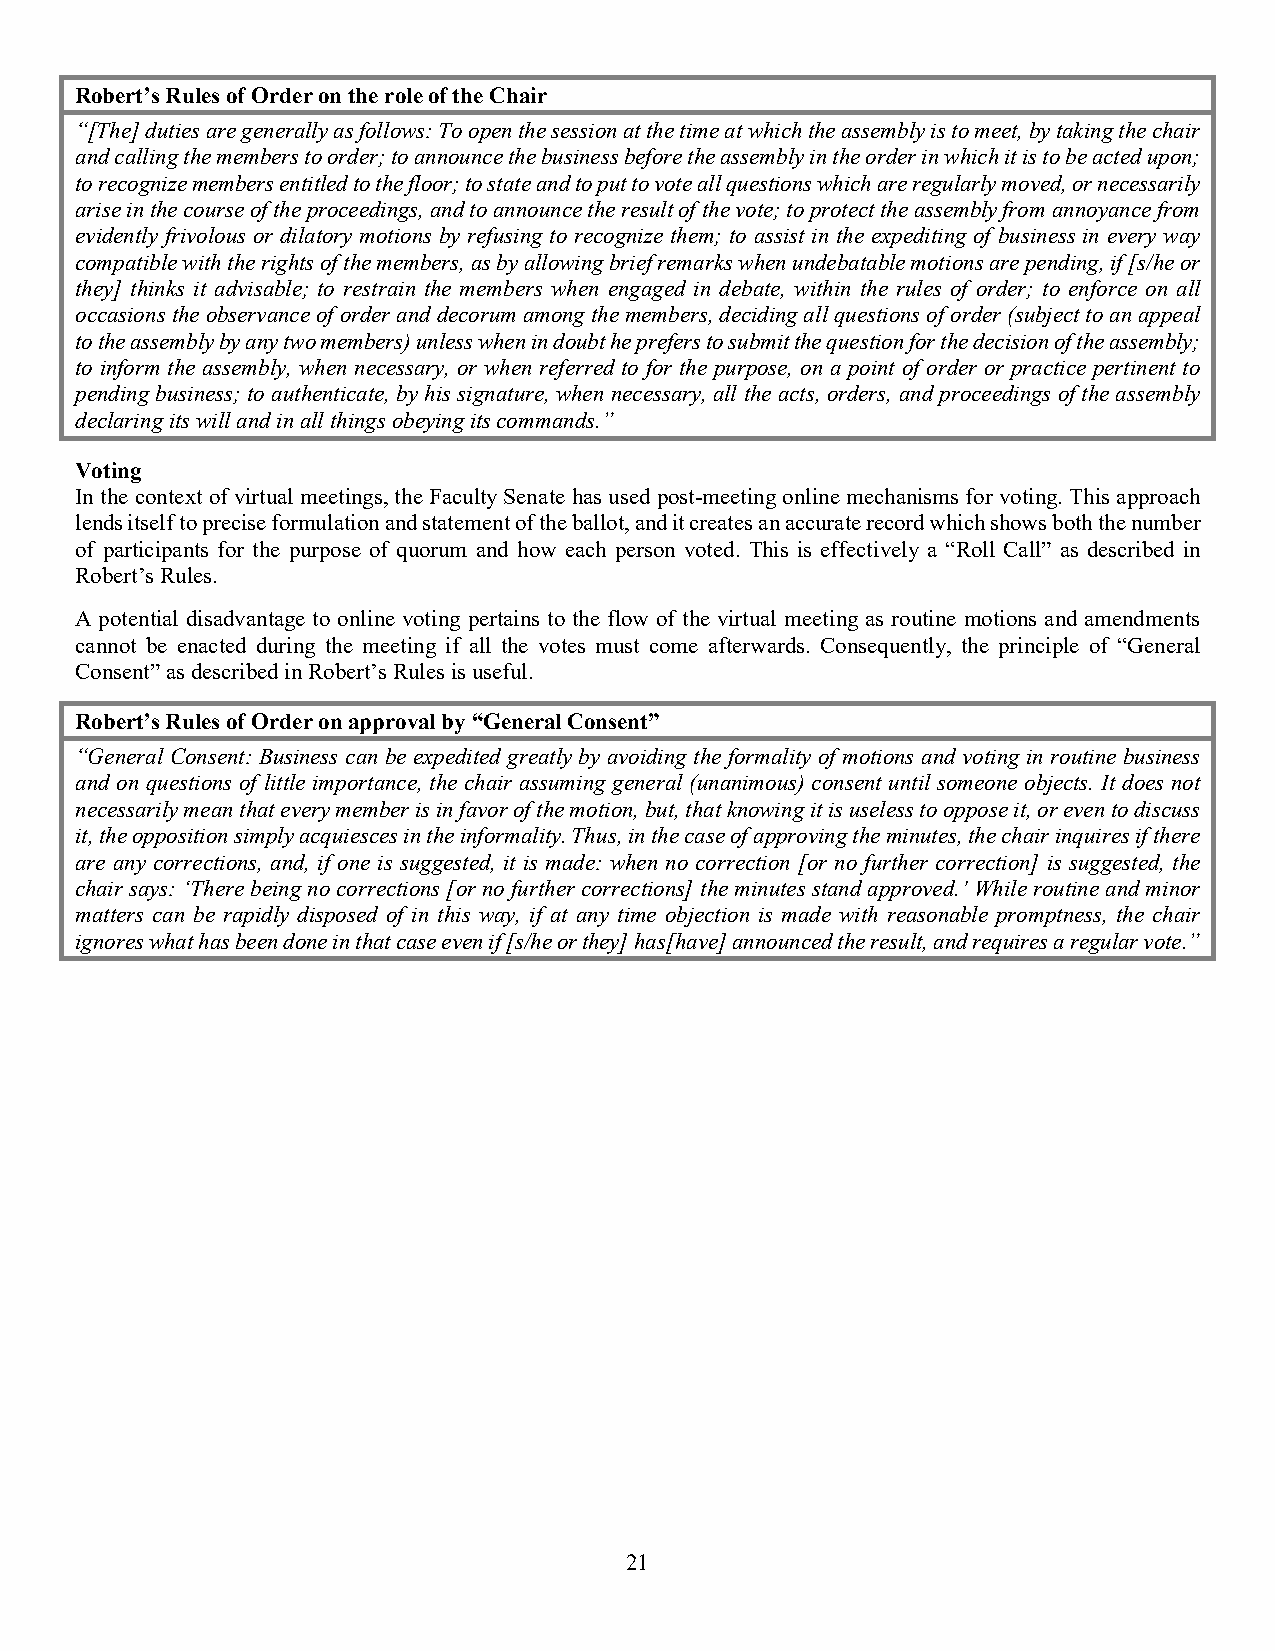
Robert’s Rules of Order on the role of the Chair
 “[The] duties are generally as follows: To open the session at the time at which the assembly is to meet, by taking the chair
 and calling the members to order; to announce the business before the assembly in the order in which it is to be acted upon;
 to recognize members entitled to the floor; to state and to put to vote all questions which are regularly moved, or necessarily
 arise in the course of the proceedings, and to announce the result of the vote; to protect the assembly from annoyance from
 evidently frivolous or dilatory motions by refusing to recognize them; to assist in the expediting of business in every way
 compatible with the rights of the members, as by allowing brief remarks when undebatable motions are pending, if [s/he or
 they] thinks it advisable; to restrain the members when engaged in debate, within the rules of order; to enforce on all
 occasions the observance of order and decorum among the members, deciding all questions of order (subject to an appeal
 to the assembly by any two members) unless when in doubt he prefers to submit the question for the decision of the assembly;
 to inform the assembly, when necessary, or when referred to for the purpose, on a point of order or practice pertinent to
 pending business; to authenticate, by his signature, when necessary, all the acts, orders, and proceedings of the assembly
 declaring its will and in all things obeying its commands.”
 Voting
 In the context of virtual meetings, the Faculty Senate has used post-meeting online mechanisms for voting. This approach
 lends itself to precise formulation and statement of the ballot, and it creates an accurate record which shows both the number
 of participants for the purpose of quorum and how each person voted. This is effectively a “Roll Call” as described in
 Robert’s Rules.
 A potential disadvantage to online voting pertains to the flow of the virtual meeting as routine motions and amendments
 cannot be enacted during the meeting if all the votes must come afterwards. Consequently, the principle of “General
 Consent” as described in Robert’s Rules is useful.
 Robert’s Rules of Order on approval by “General Consent”
 “General Consent: Business can be expedited greatly by avoiding the formality of motions and voting in routine business
 and on questions of little importance, the chair assuming general (unanimous) consent until someone objects. It does not
 necessarily mean that every member is in favor of the motion, but, that knowing it is useless to oppose it, or even to discuss
 it, the opposition simply acquiesces in the informality. Thus, in the case of approving the minutes, the chair inquires if there
 are any corrections, and, if one is suggested, it is made: when no correction [or no further correction] is suggested, the
 chair says: ‘There being no corrections [or no further corrections] the minutes stand approved.’ While routine and minor
 matters can be rapidly disposed of in this way, if at any time objection is made with reasonable promptness, the chair
 ignores what has been done in that case even if [s/he or they] has[have] announced the result, and requires a regular vote.”
 21